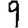
Digit: 9